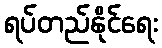
ရပ်တည်နိုင်ရေး